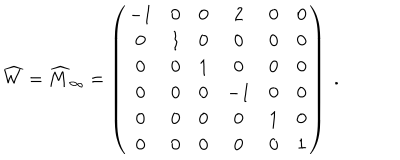
\widehat { W } = { \widehat M } _ { \infty } = \left( \begin{array} { c c c c c c } { { - 1 } } & { { 0 } } & { { 0 } } & { { 2 } } & { { 0 } } & { { 0 } } \\ { { 0 } } & { { 1 } } & { { 0 } } & { { 0 } } & { { 0 } } & { { 0 } } \\ { { 0 } } & { { 0 } } & { { 1 } } & { { 0 } } & { { 0 } } & { { 0 } } \\ { { 0 } } & { { 0 } } & { { 0 } } & { { - 1 } } & { { 0 } } & { { 0 } } \\ { { 0 } } & { { 0 } } & { { 0 } } & { { 0 } } & { { 1 } } & { { 0 } } \\ { { 0 } } & { { 0 } } & { { 0 } } & { { 0 } } & { { 0 } } & { { 1 } } \\ \end{array} \right) \; .